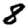
Digit: 8